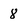
Character: 8